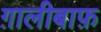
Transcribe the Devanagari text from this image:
ग़ालीबाफ़